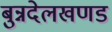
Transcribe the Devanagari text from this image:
बुन्नदेलखणड